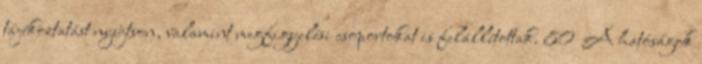
tájékoztatást nyújtson, valamint megfigyelési csoportokat is felállítottak. 80 A hatóságok